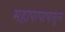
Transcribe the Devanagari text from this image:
महापापापासून